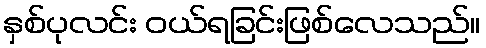
နှစ်ပုလင်း ဝယ်ရခြင်းဖြစ်လေသည်။